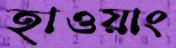
হাওয়াং